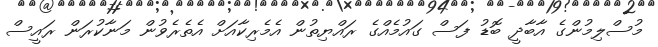
މުސްލިމުންގެ އާބާދީ ބޮޑު ފަސް ގައުމެއްގެ ރައްޔިތުން އެމެރިކާއަށް އެތެރެވުން މަނާކުރަން ރައީސް